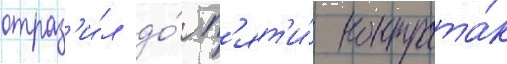
отраз'и́л до́ п'ят'и́ контрата́к